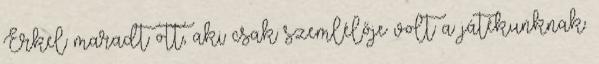
Erkel maradt ott, aki csak szemlélője volt a játékunknak.